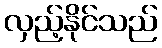
လှည့်နိုင်သည်